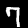
Digit: 7